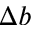
\Delta b